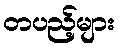
တပည့်များ